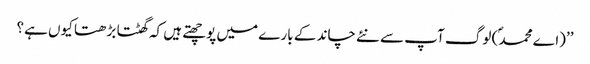
’’(اے محمد ؐ) لوگ آپ سے نئے چاند کے بارے میں پوچھتے ہیں کہ گھٹتا بڑھتا کیوں ہے؟